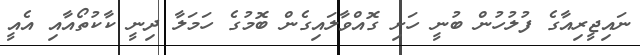
ނައިޖީރިއާގެ ފުލުހުން ބުނީ ހަށި ގޮއްވާލައިގެން ބޮމުގެ ހަމަލާ ދިނީ ކާކުތޯއާއި އެއީ